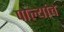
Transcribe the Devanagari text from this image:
पाल्यांचे